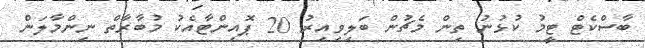
ބާސްކެޓް ޓީމު ކުޅުނު ތިން މެޗުން ބަލިވިއިރު 20 ޕޮއިންޓާއެކު މުބާރާތް ނިންމާލަން